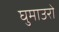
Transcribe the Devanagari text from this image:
घुमाउरो